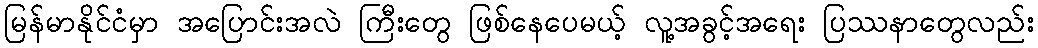
မြန်မာနိုင်ငံမှာ အပြောင်းအလဲ ကြီးတွေ ဖြစ်နေပေမယ့် လူ့အခွင့်အရေး ပြဿနာတွေလည်း